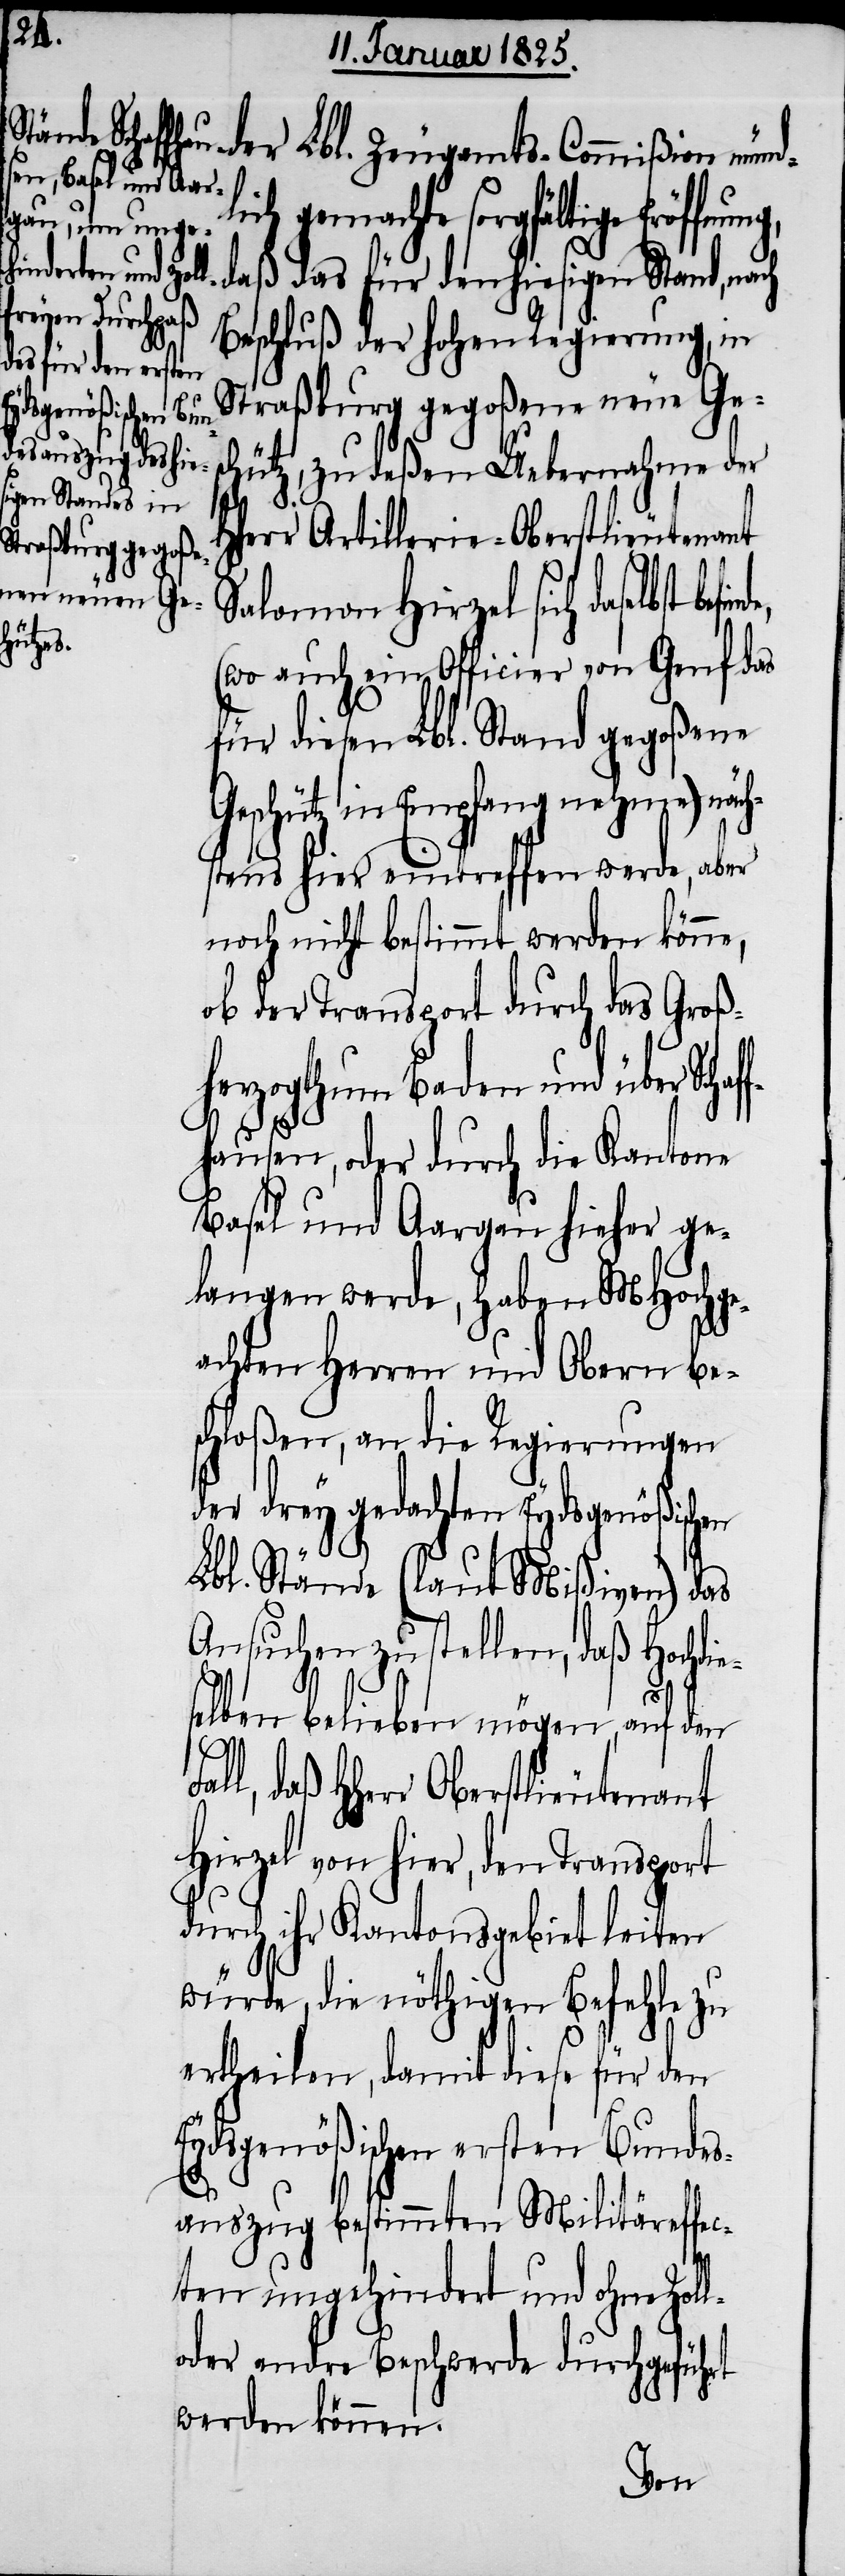
der Lbl. Zeugamts-Commißion mündl¬
gemachte sorgfältige
daß das für den hiesigen Stand, nach
befinde,
Beschluß der hohen Regierung, in
Straßburg gegoßene neue Ges¬
chütz, zu deßen Uebernahme der
herr Artillerie-Oberstlieutenant
Salomon Hirzel sich daselbst
(wo auch ein Officier von Genf das
für diesen Lbl. Stand gegoßene
Geschütz in Empfang nehme) näch¬
stens hier eintreffen werde, aber
noch nicht bestimmt werden könne,
ob der Transport durch das Groß¬
herzogthum Baden und über Schaf¬
fhausen, oder durch die Kantone
Basel und Aargau hieher ge¬
langen werde, haben MHochge¬
achten Herren und Obern be¬
schloßen, an die Regierungen
der drey gedachten Eydsgenößischen
Lbl. Stände (laut Mißiven) das
Ansuchen zu stellen, daß Hochdi¬
eselben belieben mögen, auf den
l-
all, daß HHerr Oberstlieutenant
Hirzel von hier, den Transport
durch ihr Kantonsgebiet leiten
würde, die nöthigen Befehle zu
ertheilen, damit diese für den
Eydsgenößischen ersten Bundes¬
auszug bestimmten Militäreffe¬
cten ungehindert und ohne Zol¬
oder andre Beschwerde durchgeführt
werden können.